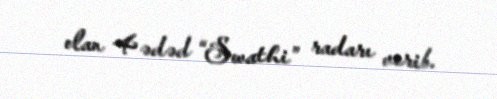
olan 4 ədəd “Swathi” radarı verib.